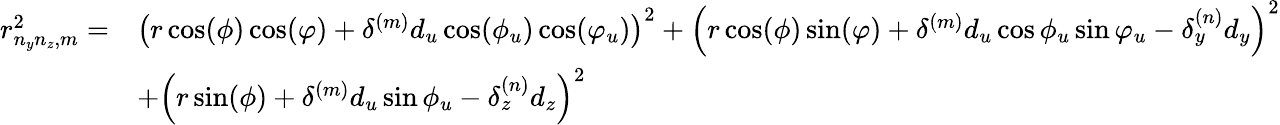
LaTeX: \begin{array}{rl}{r_{n_{y}n_{z},m}^{2}=}&{\left(r\cos(\phi)\cos(\varphi)+\delta^{(m)}d_{u}\cos(\phi_{u})\cos(\varphi_{u})\right)^{2}+\left(r\cos(\phi)\sin(\varphi)+\delta^{(m)}d_{u}\cos\phi_{u}\sin\varphi_{u}-\delta_{y}^{(n)}d_{y}\right)^{2}}\\ &{+\left(r\sin(\phi)+\delta^{(m)}d_{u}\sin\phi_{u}-\delta_{z}^{(n)}d_{z}\right)^{2}}\end{array}